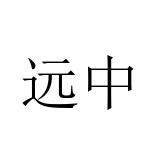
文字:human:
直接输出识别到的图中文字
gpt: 远中